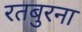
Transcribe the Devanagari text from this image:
रतबुरना